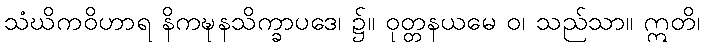
သံဃိကဝိဟာရ နိကဍ္ဎနသိက္ခာပဒေ၊ ၌။ ဝုတ္တနယမေ ဝ၊ သည်သာ။ ဣတိ၊